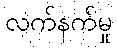
လက်နက်မှု